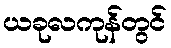
ယခုလကုန်တွင်